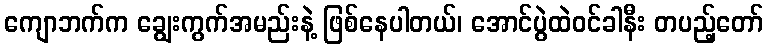
ကျောဘက်က ချွေးကွက်အမည်းနဲ့ ဖြစ်နေပါတယ်၊ အောင်ပွဲထဲဝင်ခါနီး တပည့်တော်